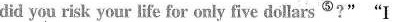
did you risk your life for euly five dollars^{⑤}?""I